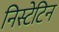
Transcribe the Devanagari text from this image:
निस्टेटिन